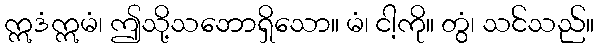
ဣဒံဣမံ၊ ဤသို့သဘောရှိသော။ မံ၊ ငါ့ကို။ တွံ၊ သင်သည်။